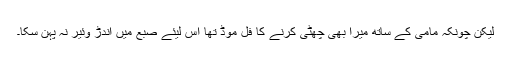
لیکن چونکہ مامی کے ساتھ میرا بھی چھٹی کرنے کا فُل موڈ تھا اس لیئے صبع میں اندڑ وئیر نہ پہن سکا۔